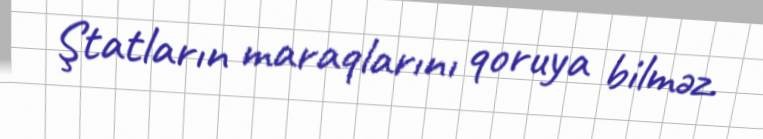
Ştatların maraqlarını qoruya bilməz.